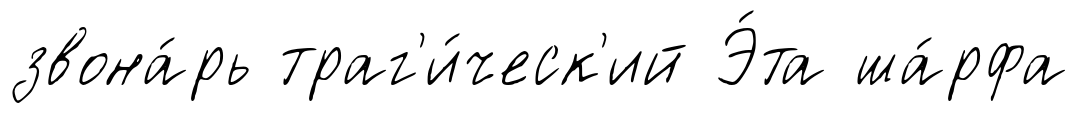
звона́рь траг'и́ческ'ий Э́та ша́рфа